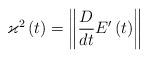
LaTeX: \begin{align*}\varkappa ^{2}\left( t\right) =\left\Vert \frac{D}{dt}E^{\prime }\left(t\right) \right\Vert \end{align*}